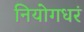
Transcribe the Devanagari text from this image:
नियोगधरं